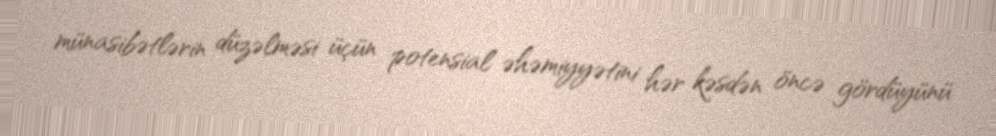
münasibətlərin düzəlməsi üçün potensial əhəmiyyətini hər kəsdən öncə gördüyünü